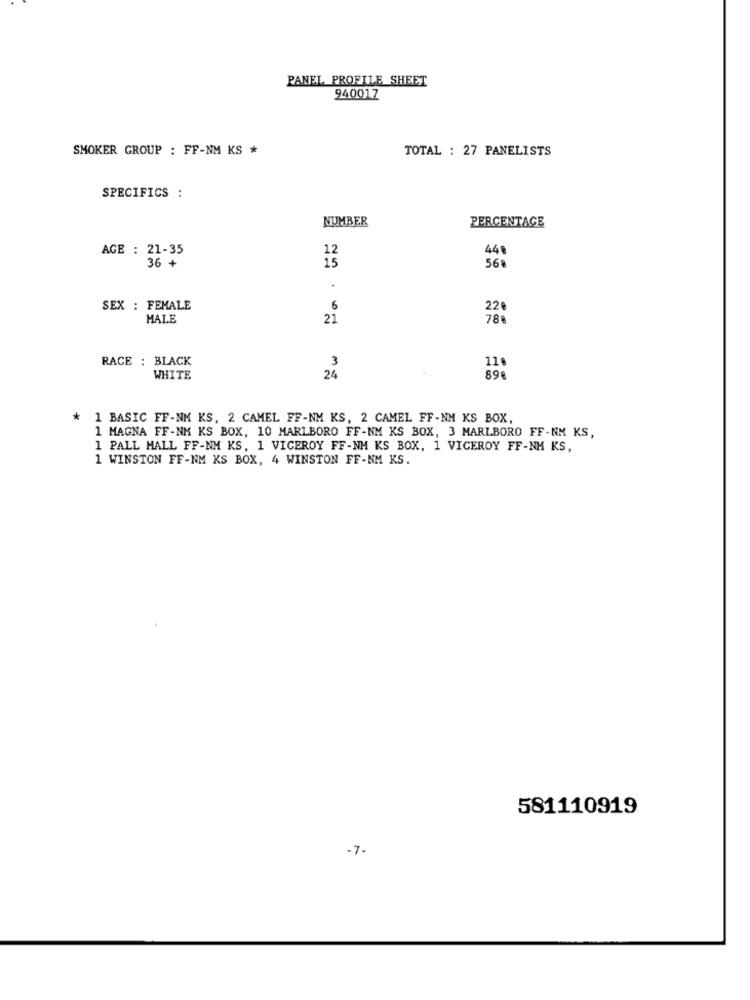
PANEL PROFILE SHEET
940017
SMOKER GROUP : FF-NM KS *
TOTAL : 27 PANELISTS
SPECIFICS :
NUMBER
PERCENTAGE
AGE : 21-35
44
56
36 +
SEX : FEMALE
6
220
MALE
21
78
RACE : BLACK
3
11
WHITE
24
898
*
1 BASIC FF-NM KS, 2 CAMEL FF-NM KS, 2 CAMEL FF-NM KS BOX,
1 MAGNA FF-NM KS BOX, 10 MARLBORO FF-NM KS BOX, 3 MARLBORO FF-NM KS,
1 PALL MALL FF-NM KS, 1 VICEROY FF-NM KS BOX, 1 VICEROY FF-NM KS,
1 WINSTON FF-NM KS BOX, 4 WINSTON FF-NM KS.
581110919
-7.